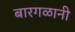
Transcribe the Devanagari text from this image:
बारगळानी